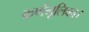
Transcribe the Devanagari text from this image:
कर्णमूलिका।